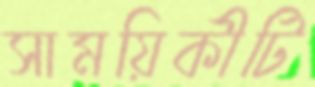
সাময়িকীটি